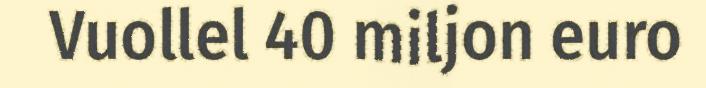
Vuollel 40 miljon euro